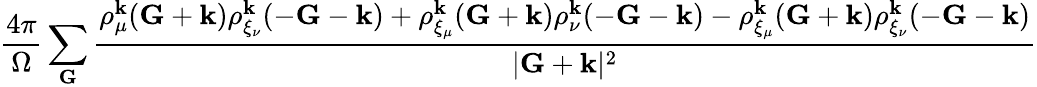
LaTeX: \frac{4\pi}{\Omega}\sum_{\mathbf{G}}\frac{\rho_{\mu}^{\mathbf{k}}(\mathbf{G}+\mathbf{k})\rho_{\xi_{\nu}}^{\mathbf{k}}(-\mathbf{G}-\mathbf{k})+\rho_{\xi_{\mu}}^{\mathbf{k}}(\mathbf{G}+\mathbf{k})\rho_{\nu}^{\mathbf{k}}(-\mathbf{G}-\mathbf{k})-\rho_{\xi_{\mu}}^{\mathbf{k}}(\mathbf{G}+\mathbf{k})\rho_{\xi_{\nu}}^{\mathbf{k}}(-\mathbf{G}-\mathbf{k})}{|\mathbf{G}+\mathbf{k}|^{2}}